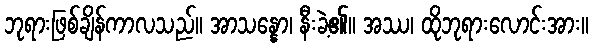
ဘုရားဖြစ်ချိန်ကာလသည်။ အာသန္နော၊ နီးခဲ့၏။ အဿ၊ ထိုဘုရားလောင်းအား။